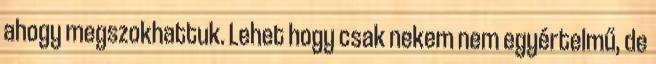
ahogy megszokhattuk. Lehet hogy csak nekem nem egyértelmű, de